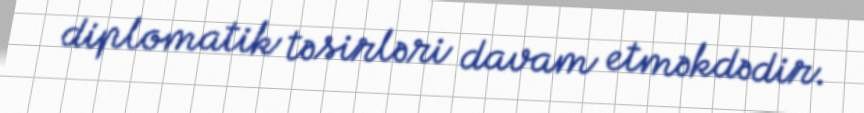
diplomatik təsirləri davam etməkdədir.